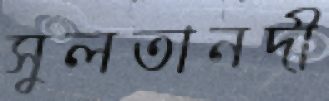
সুলতানদী